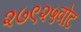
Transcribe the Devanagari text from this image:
२७९२५वोट